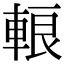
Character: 䡙